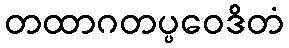
တထာဂတပ္ပဝေဒိတံ